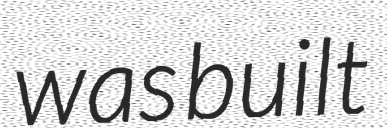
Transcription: was built